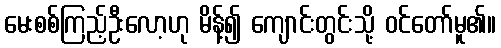
မေးစစ်ကြည့်ဦးလော့ဟု မိန့်၍ ကျောင်းတွင်းသို့ ဝင်တော်မူ၏။